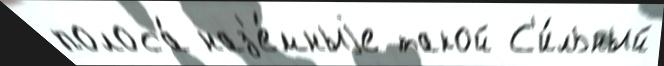
полоса́ наз'е́мныjе такой С'и́льный